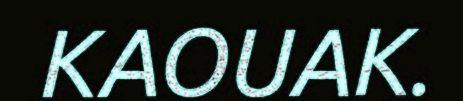
KAOUAK.